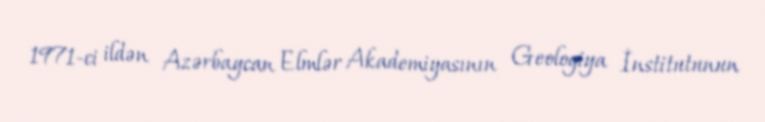
1971-ci ildən Azərbaycan Elmlər Akademiyasının Geologiya İnstitutunun